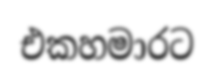
එකහමාරට